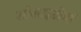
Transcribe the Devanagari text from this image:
सोसाइटीयां